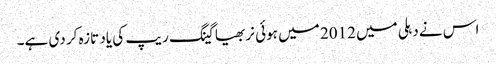
اس نے دہلی میں 2012 میں ہوئی نربھیا گینگ ریپ کی یاد تازہ کر دی ہے۔